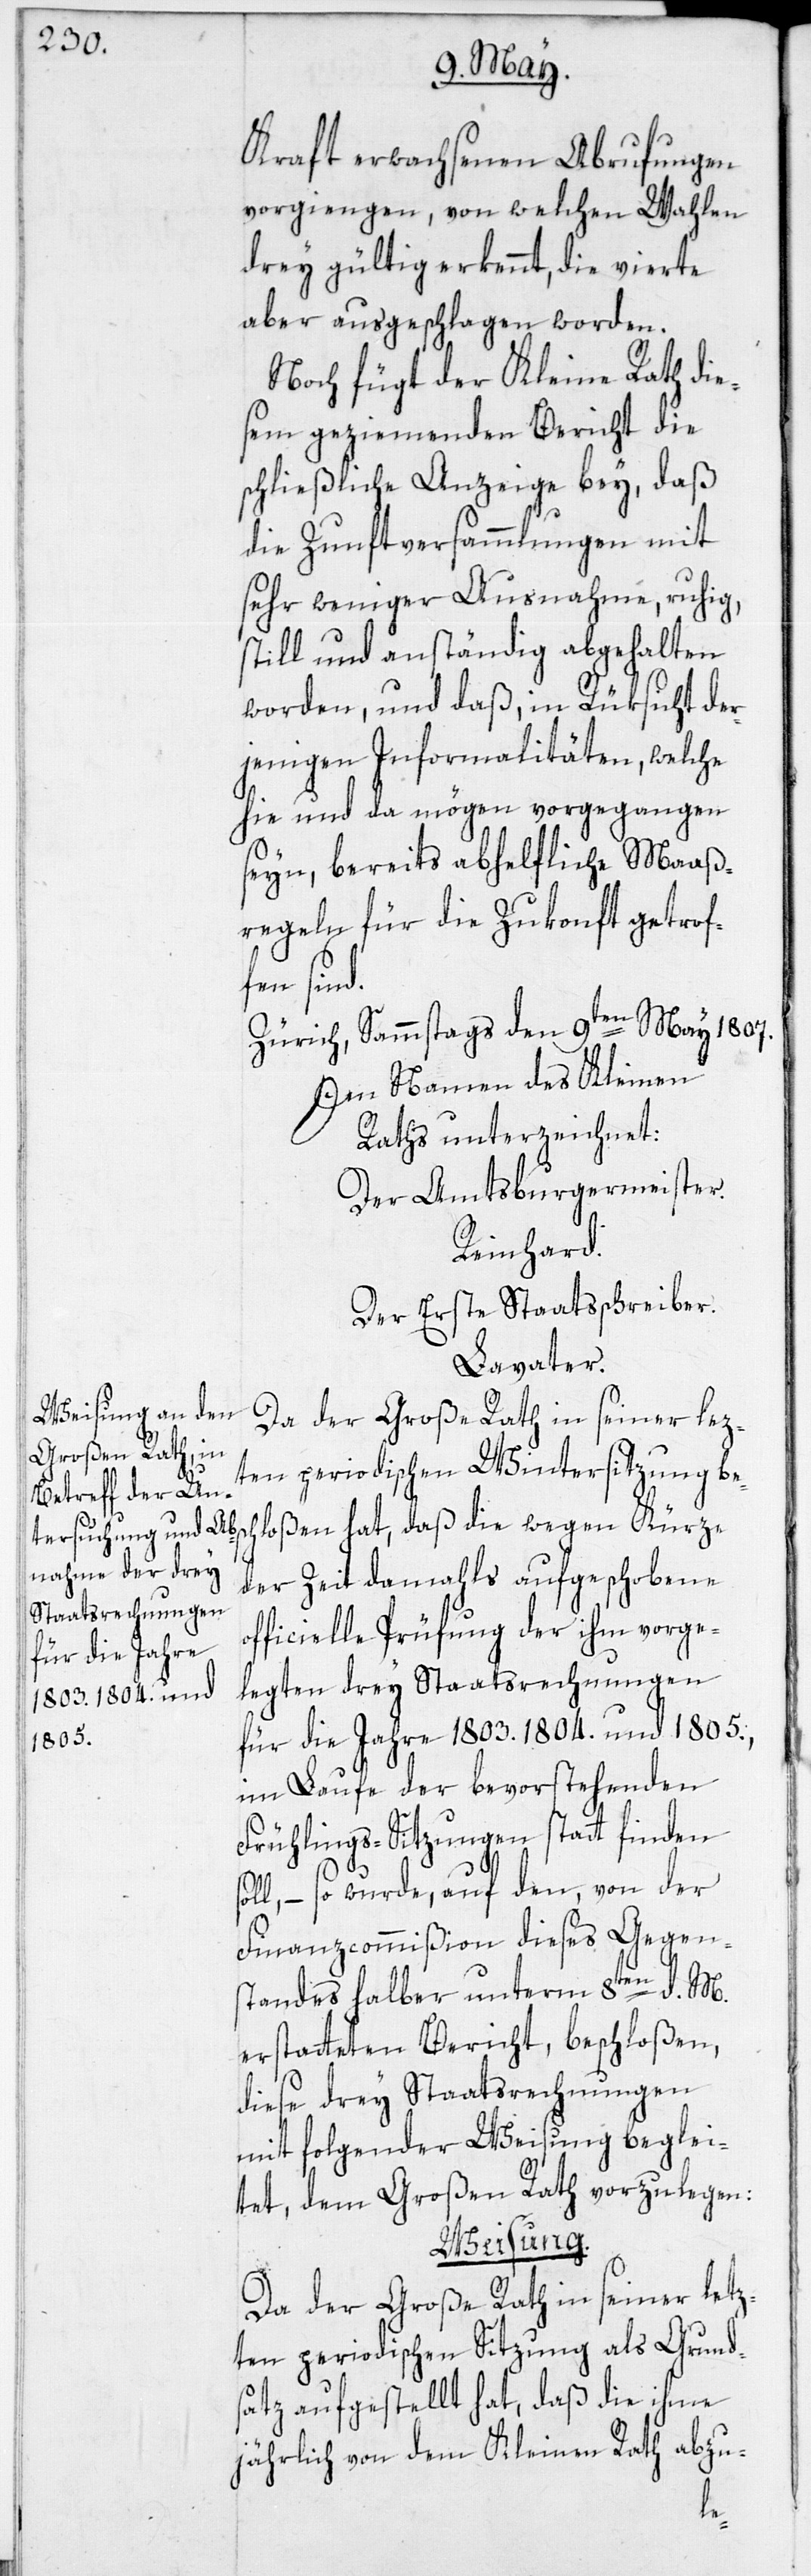
für die Jahre
1803.[,] 1804. und
1805.,

Kraft erwachsenen Abrufungen
vorgiengen, von welchen Wahlen
drey gültig erkennt, die vierte
aber ausgeschlagen worden.
Noch fügt der Kleine Rath die¬
sem geziemenden Bericht die
schließliche Anzeige bey, daß
die Zunftversammlungen mit
sehr weniger Ausnahme, ruhig,
still und anständig abgehalten
worden, und daß, in Rüksicht der¬
jenigen Informalitäten, welche
hie und da mögen vorgegangen
seyn, bereits abhelfliche Maaß¬
regeln für die Zukonft getrof¬
fen sind.
Zürich, Sammstags den 9ten May 1807.
Im Namen des Kleinen
Raths unterzeichnet:
Der Amtsburgermeister.
Reinhard.
Der Erste Staatsschreiber.
Lavater.
Da der Große Rath in seiner lez¬
ten periodischen Wintersitzung be¬
schloßen hat, daß die wegen Kürze
der Zeit damahls aufgeschobene
officielle Prüfung der ihm vorge¬
legten drey Staatsrechnungen
im Laufe der bevorstehenden
Frühlings-Sitzungen statt finden
ll, – so wurde, auf den, von der
Finanzcommißion dieses Gegen¬
standes halber unterm 8ten d. M.
erstatteten Bericht, beschloßen,
diese drey Staatsrechnungen
mit folgender Weisung beglei¬
tet, dem Großen Rath vorzulegen:
Weisung.
Da der Große Rath in seiner letz¬
ten periodischen Sitzung als Grund¬
satz aufgestellt hat, daß die ihme
jährlich von dem Kleinen Rath abzu-
so¬